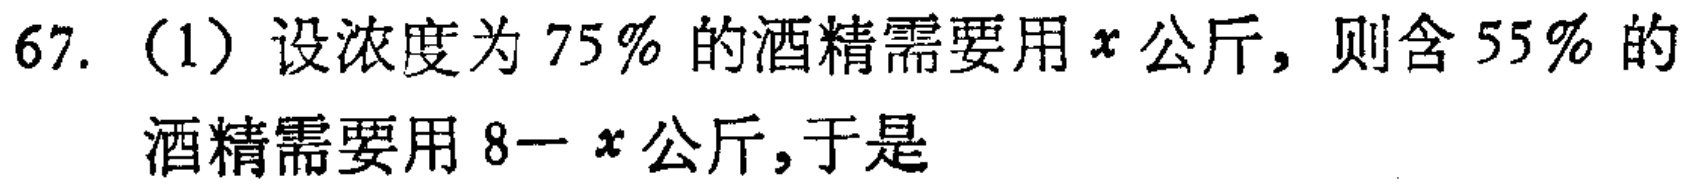
67. (1) 设浓度为 \(75\%\) 的酒精需要用 \(x\) 公斤，则含 \(55\%\) 的酒精需要用 \(8 - x\) 公斤，于是